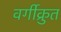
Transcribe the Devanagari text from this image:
वर्गीक्रुत